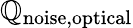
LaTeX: \mathbb{Q}_{\mathrm{{noise,optical}}}